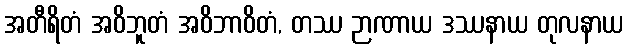
အတီရိတံ အဝိဘူတံ အဝိဘာဝိတံ, တဿ ဉာဏာယ ဒဿနာယ တုလနာယ